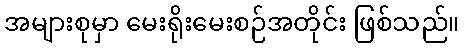
အများစုမှာ မေးရိုးမေးစဉ်အတိုင်း ဖြစ်သည်။